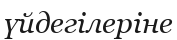
үйдегілеріне